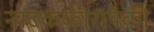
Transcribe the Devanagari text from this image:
नाटककारांपैकी